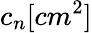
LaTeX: c_{n}[cm^{2}]